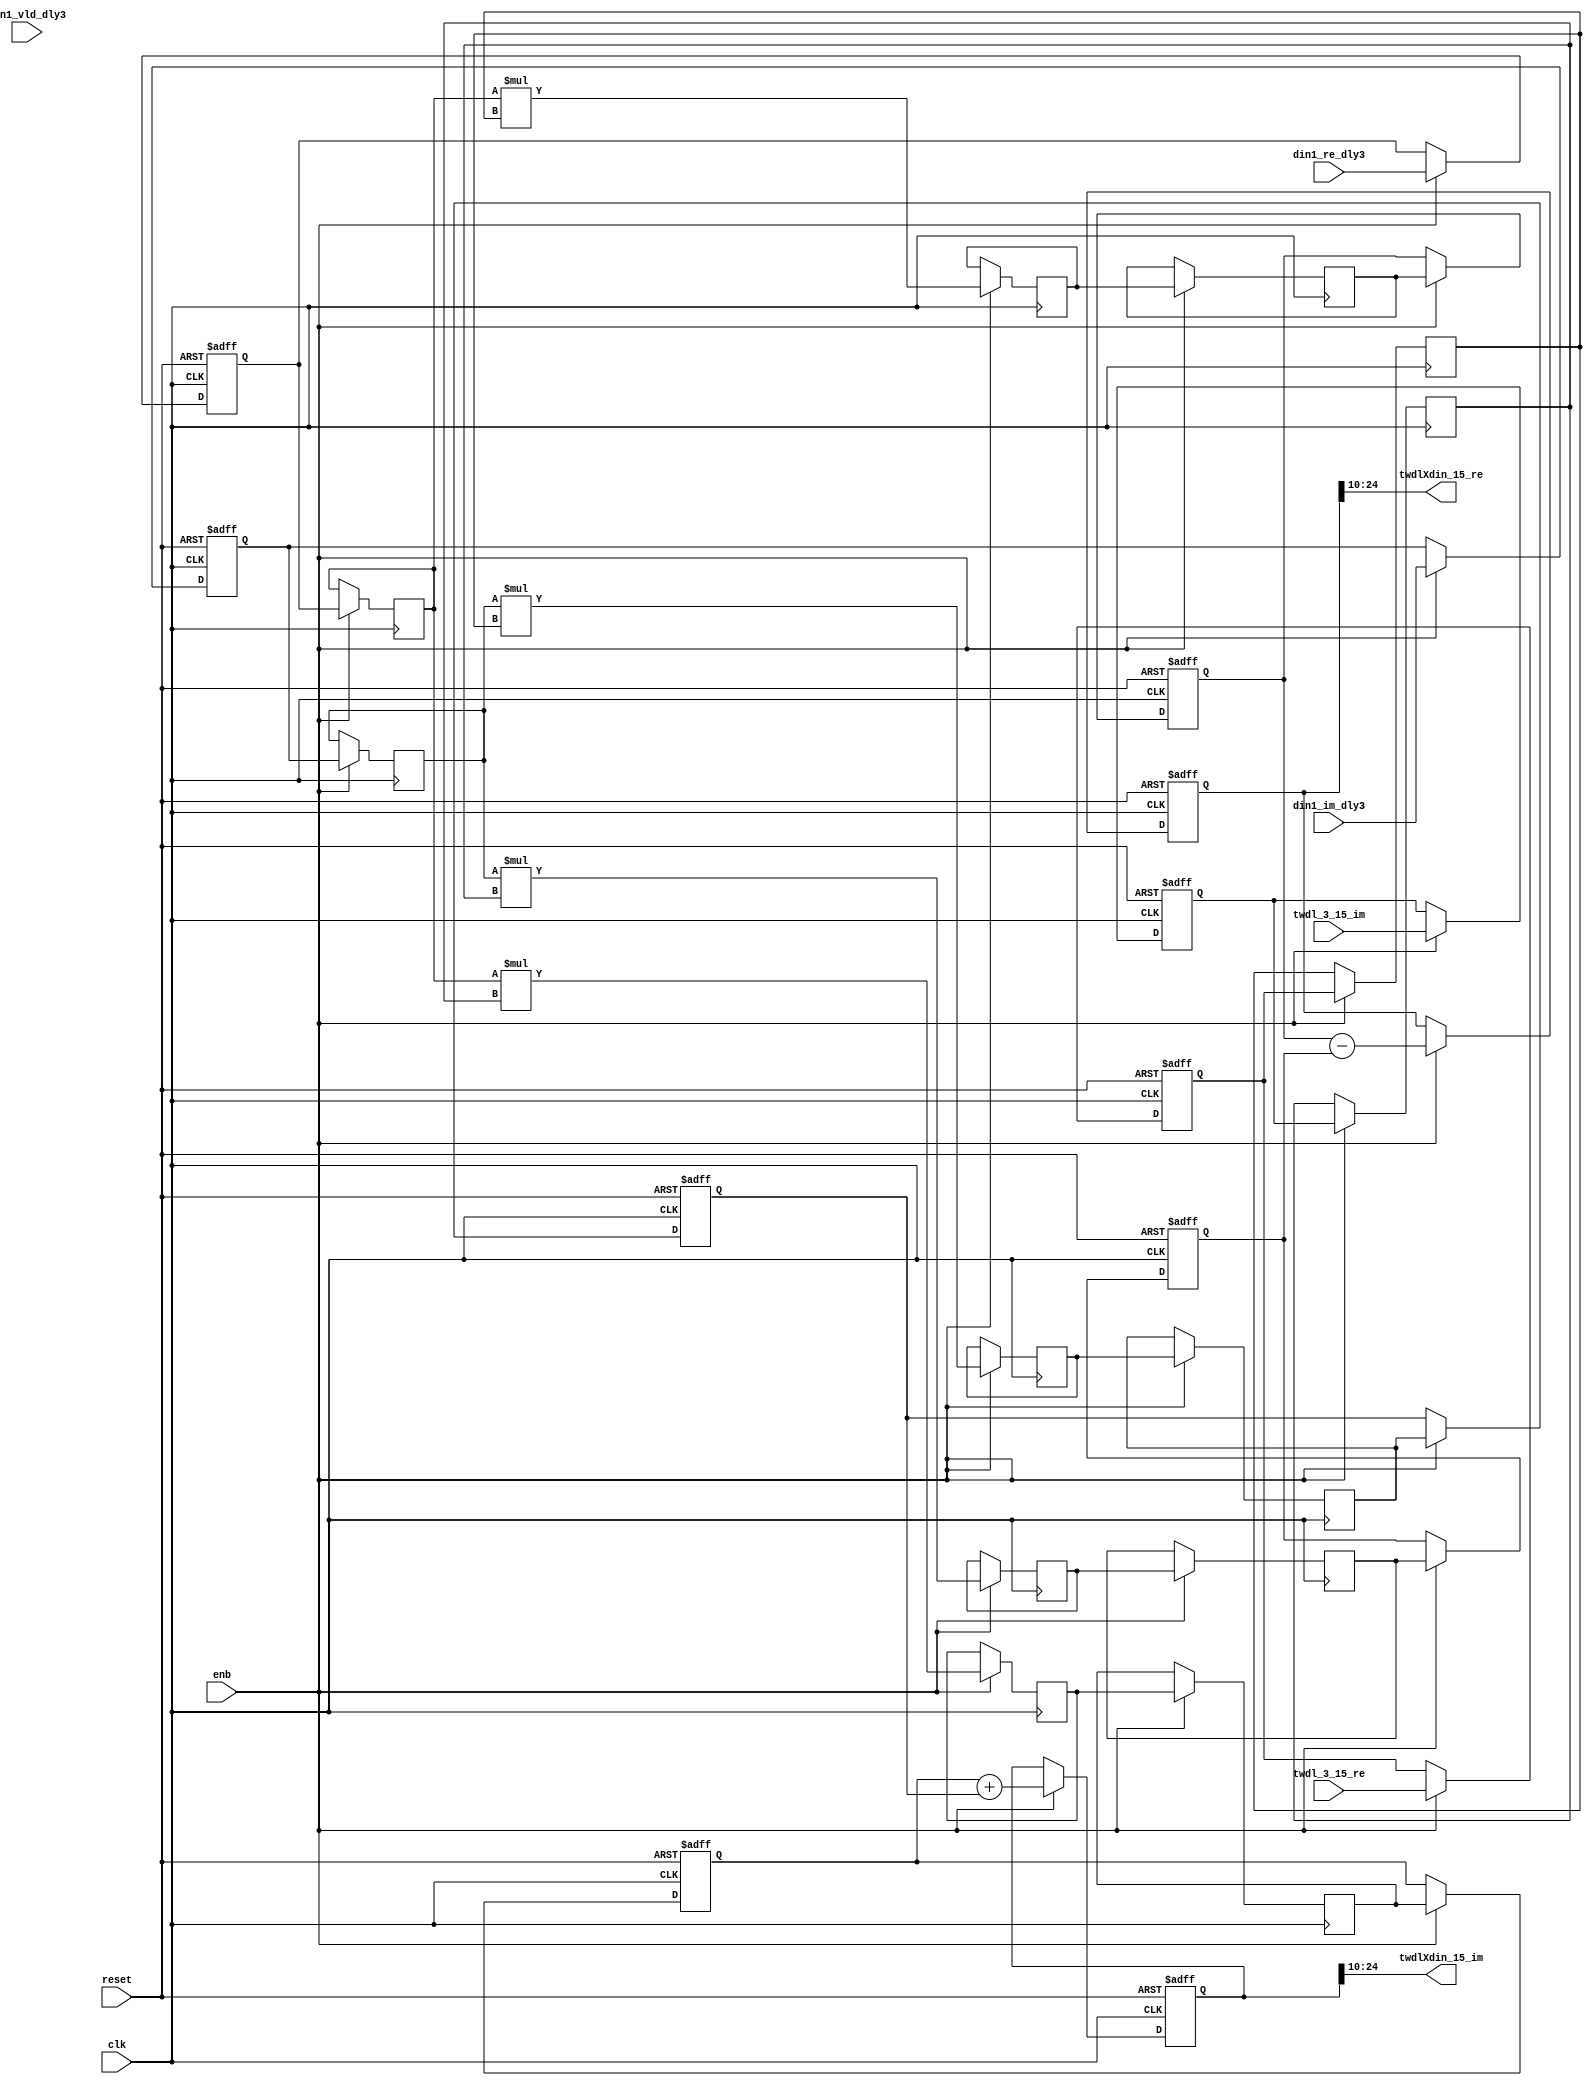
// -------------------------------------------------------------
// 
// 
// Generated by MATLAB 9.14 and HDL Coder 4.1
// 
// -------------------------------------------------------------


// -------------------------------------------------------------
// 
// Module: Complex4Multiply_block11
// Source Path: RSP/RSP/Velocity Processor/Doppler Processing/Doppler Processor/FFT/TWDLMULT_SDNF1_3/Complex4Multiply
// Hierarchy Level: 6
// 
// -------------------------------------------------------------

`timescale 1 ns / 1 ns

module Complex4Multiply_block11
          (clk,
           reset,
           enb,
           din1_re_dly3,
           din1_im_dly3,
           din1_vld_dly3,
           twdl_3_15_re,
           twdl_3_15_im,
           twdlXdin_15_re,
           twdlXdin_15_im);


  input   clk;
  input   reset;
  input   enb;
  input   signed [14:0] din1_re_dly3;  // sfix15_En10
  input   signed [14:0] din1_im_dly3;  // sfix15_En10
  input   din1_vld_dly3;
  input   signed [11:0] twdl_3_15_re;  // sfix12_En10
  input   signed [11:0] twdl_3_15_im;  // sfix12_En10
  output  signed [14:0] twdlXdin_15_re;  // sfix15_En10
  output  signed [14:0] twdlXdin_15_im;  // sfix15_En10


  reg signed [14:0] din_re_reg;  // sfix15_En10
  reg signed [14:0] din_im_reg;  // sfix15_En10
  reg signed [11:0] twdl_re_reg;  // sfix12_En10
  reg signed [11:0] twdl_im_reg;  // sfix12_En10
  reg signed [14:0] Complex4Multiply_din1_re_pipe1;  // sfix15
  reg signed [14:0] Complex4Multiply_din1_im_pipe1;  // sfix15
  reg signed [26:0] Complex4Multiply_mult1_re_pipe1;  // sfix27
  reg signed [26:0] Complex4Multiply_mult2_re_pipe1;  // sfix27
  reg signed [26:0] Complex4Multiply_mult1_im_pipe1;  // sfix27
  reg signed [26:0] Complex4Multiply_mult2_im_pipe1;  // sfix27
  reg signed [11:0] Complex4Multiply_twiddle_re_pipe1;  // sfix12
  reg signed [11:0] Complex4Multiply_twiddle_im_pipe1;  // sfix12
  reg signed [26:0] prod1_re;  // sfix27_En20
  reg signed [26:0] prod1_im;  // sfix27_En20
  reg signed [26:0] prod2_re;  // sfix27_En20
  reg signed [26:0] prod2_im;  // sfix27_En20
  reg  din_vld_dly1;
  reg  din_vld_dly2;
  reg  din_vld_dly3;
  reg  prod_vld;
  reg signed [27:0] Complex4Add_multRes_re_reg;  // sfix28
  reg signed [27:0] Complex4Add_multRes_im_reg;  // sfix28
  reg  Complex4Add_prod_vld_reg1;
  reg signed [26:0] Complex4Add_prod1_re_reg;  // sfix27
  reg signed [26:0] Complex4Add_prod1_im_reg;  // sfix27
  reg signed [26:0] Complex4Add_prod2_re_reg;  // sfix27
  reg signed [26:0] Complex4Add_prod2_im_reg;  // sfix27
  wire signed [27:0] Complex4Add_multRes_re_reg_next;  // sfix28_En20
  wire signed [27:0] Complex4Add_multRes_im_reg_next;  // sfix28_En20
  wire signed [27:0] Complex4Add_sub_cast;  // sfix28_En20
  wire signed [27:0] Complex4Add_sub_cast_1;  // sfix28_En20
  wire signed [27:0] Complex4Add_add_cast;  // sfix28_En20
  wire signed [27:0] Complex4Add_add_cast_1;  // sfix28_En20
  wire signed [27:0] mulResFP_re;  // sfix28_En20
  wire signed [27:0] mulResFP_im;  // sfix28_En20
  reg  twdlXdin1_vld;

  initial begin
    Complex4Multiply_din1_re_pipe1 = 15'sb000000000000000;
    Complex4Multiply_din1_im_pipe1 = 15'sb000000000000000;
    Complex4Multiply_twiddle_re_pipe1 = 12'sb000000000000;
    Complex4Multiply_twiddle_im_pipe1 = 12'sb000000000000;
    Complex4Multiply_mult1_re_pipe1 = 27'sb000000000000000000000000000;
    Complex4Multiply_mult2_re_pipe1 = 27'sb000000000000000000000000000;
    Complex4Multiply_mult1_im_pipe1 = 27'sb000000000000000000000000000;
    Complex4Multiply_mult2_im_pipe1 = 27'sb000000000000000000000000000;
    prod1_re = 27'sb000000000000000000000000000;
    prod2_re = 27'sb000000000000000000000000000;
    prod1_im = 27'sb000000000000000000000000000;
    prod2_im = 27'sb000000000000000000000000000;
  end

  always @(posedge clk or posedge reset)
    begin : intdelay_process
      if (reset == 1'b1) begin
        din_re_reg <= 15'sb000000000000000;
      end
      else begin
        if (enb) begin
          din_re_reg <= din1_re_dly3;
        end
      end
    end



  always @(posedge clk or posedge reset)
    begin : intdelay_1_process
      if (reset == 1'b1) begin
        din_im_reg <= 15'sb000000000000000;
      end
      else begin
        if (enb) begin
          din_im_reg <= din1_im_dly3;
        end
      end
    end



  always @(posedge clk or posedge reset)
    begin : intdelay_2_process
      if (reset == 1'b1) begin
        twdl_re_reg <= 12'sb000000000000;
      end
      else begin
        if (enb) begin
          twdl_re_reg <= twdl_3_15_re;
        end
      end
    end



  always @(posedge clk or posedge reset)
    begin : intdelay_3_process
      if (reset == 1'b1) begin
        twdl_im_reg <= 12'sb000000000000;
      end
      else begin
        if (enb) begin
          twdl_im_reg <= twdl_3_15_im;
        end
      end
    end



  // Complex4Multiply
  always @(posedge clk)
    begin : Complex4Multiply_process
      if (enb) begin
        prod1_re <= Complex4Multiply_mult1_re_pipe1;
        prod2_re <= Complex4Multiply_mult2_re_pipe1;
        prod1_im <= Complex4Multiply_mult1_im_pipe1;
        prod2_im <= Complex4Multiply_mult2_im_pipe1;
        Complex4Multiply_mult1_re_pipe1 <= Complex4Multiply_din1_re_pipe1 * Complex4Multiply_twiddle_re_pipe1;
        Complex4Multiply_mult2_re_pipe1 <= Complex4Multiply_din1_im_pipe1 * Complex4Multiply_twiddle_im_pipe1;
        Complex4Multiply_mult1_im_pipe1 <= Complex4Multiply_din1_re_pipe1 * Complex4Multiply_twiddle_im_pipe1;
        Complex4Multiply_mult2_im_pipe1 <= Complex4Multiply_din1_im_pipe1 * Complex4Multiply_twiddle_re_pipe1;
        Complex4Multiply_twiddle_re_pipe1 <= twdl_re_reg;
        Complex4Multiply_twiddle_im_pipe1 <= twdl_im_reg;
        Complex4Multiply_din1_re_pipe1 <= din_re_reg;
        Complex4Multiply_din1_im_pipe1 <= din_im_reg;
      end
    end



  always @(posedge clk or posedge reset)
    begin : intdelay_4_process
      if (reset == 1'b1) begin
        din_vld_dly1 <= 1'b0;
      end
      else begin
        if (enb) begin
          din_vld_dly1 <= din1_vld_dly3;
        end
      end
    end



  always @(posedge clk or posedge reset)
    begin : intdelay_5_process
      if (reset == 1'b1) begin
        din_vld_dly2 <= 1'b0;
      end
      else begin
        if (enb) begin
          din_vld_dly2 <= din_vld_dly1;
        end
      end
    end



  always @(posedge clk or posedge reset)
    begin : intdelay_6_process
      if (reset == 1'b1) begin
        din_vld_dly3 <= 1'b0;
      end
      else begin
        if (enb) begin
          din_vld_dly3 <= din_vld_dly2;
        end
      end
    end



  always @(posedge clk or posedge reset)
    begin : intdelay_7_process
      if (reset == 1'b1) begin
        prod_vld <= 1'b0;
      end
      else begin
        if (enb) begin
          prod_vld <= din_vld_dly3;
        end
      end
    end



  // Complex4Add
  always @(posedge clk or posedge reset)
    begin : Complex4Add_process
      if (reset == 1'b1) begin
        Complex4Add_multRes_re_reg <= 28'sb0000000000000000000000000000;
        Complex4Add_multRes_im_reg <= 28'sb0000000000000000000000000000;
        Complex4Add_prod1_re_reg <= 27'sb000000000000000000000000000;
        Complex4Add_prod1_im_reg <= 27'sb000000000000000000000000000;
        Complex4Add_prod2_re_reg <= 27'sb000000000000000000000000000;
        Complex4Add_prod2_im_reg <= 27'sb000000000000000000000000000;
        Complex4Add_prod_vld_reg1 <= 1'b0;
        twdlXdin1_vld <= 1'b0;
      end
      else begin
        if (enb) begin
          Complex4Add_multRes_re_reg <= Complex4Add_multRes_re_reg_next;
          Complex4Add_multRes_im_reg <= Complex4Add_multRes_im_reg_next;
          Complex4Add_prod1_re_reg <= prod1_re;
          Complex4Add_prod1_im_reg <= prod1_im;
          Complex4Add_prod2_re_reg <= prod2_re;
          Complex4Add_prod2_im_reg <= prod2_im;
          twdlXdin1_vld <= Complex4Add_prod_vld_reg1;
          Complex4Add_prod_vld_reg1 <= prod_vld;
        end
      end
    end

  assign Complex4Add_sub_cast = {Complex4Add_prod1_re_reg[26], Complex4Add_prod1_re_reg};
  assign Complex4Add_sub_cast_1 = {Complex4Add_prod2_re_reg[26], Complex4Add_prod2_re_reg};
  assign Complex4Add_multRes_re_reg_next = Complex4Add_sub_cast - Complex4Add_sub_cast_1;
  assign Complex4Add_add_cast = {Complex4Add_prod1_im_reg[26], Complex4Add_prod1_im_reg};
  assign Complex4Add_add_cast_1 = {Complex4Add_prod2_im_reg[26], Complex4Add_prod2_im_reg};
  assign Complex4Add_multRes_im_reg_next = Complex4Add_add_cast + Complex4Add_add_cast_1;
  assign mulResFP_re = Complex4Add_multRes_re_reg;
  assign mulResFP_im = Complex4Add_multRes_im_reg;



  assign twdlXdin_15_re = mulResFP_re[24:10];



  assign twdlXdin_15_im = mulResFP_im[24:10];



endmodule  // Complex4Multiply_block11